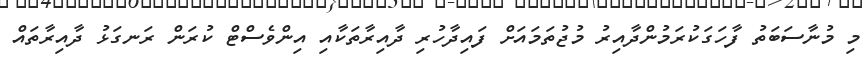
މި މުނާސަބަތު ފާހަގަކުރަމުންދާއިރު މުޖުތަމައަށް ފައިދާހުރި ދާއިރާތަކާއި އިންވެސްޓް ކުރަން ރަނގަޅު ދާއިރާތައް